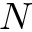
N